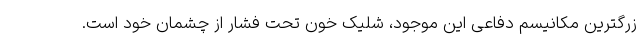
زرگترین مکانیسم دفاعی این موجود، شلیک خون تحت فشار از چشمان خود است.